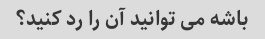
باشه می توانید آن را رد کنید؟